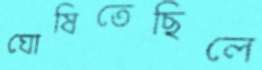
ঘোষিতেছিলে